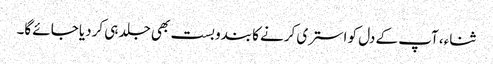
ثناء، آپ کے دل کو استری کرنے کا بندوبست بھی جلد ہی کردیا جائے گا۔